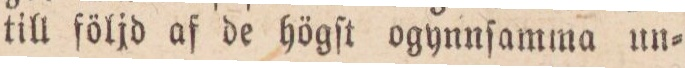
till följd af de högſt ogynnſamma un=